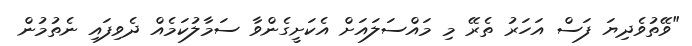
"ވޭތުވެދިޔަ ފަސް އަހަރު ތެރޭ މި މައްސަލައަށް އެކަށީގެންވާ ސަމާލުކަމެއް ދެވިފައި ނެތުމުން